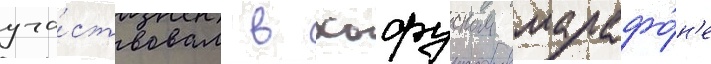
уча́ствовал в хофуском марафо́н'е